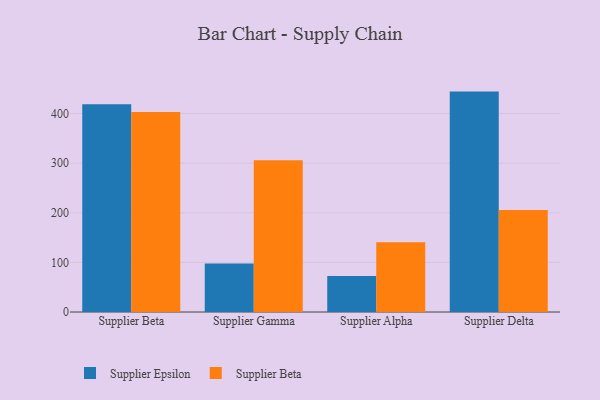
{"axis": {"x": "Supplier", "y": "Inventory Turnover"}, "legend": ["Supplier Beta", "Supplier Epsilon"], "data": [{"x": "Supplier Beta", "y": 418.5, "type": "Supplier Epsilon"}, {"x": "Supplier Beta", "y": 403.3, "type": "Supplier Beta"}, {"x": "Supplier Gamma", "y": 97.8, "type": "Supplier Epsilon"}, {"x": "Supplier Gamma", "y": 305.6, "type": "Supplier Beta"}, {"x": "Supplier Alpha", "y": 72.4, "type": "Supplier Epsilon"}, {"x": "Supplier Alpha", "y": 140.5, "type": "Supplier Beta"}, {"x": "Supplier Delta", "y": 444.2, "type": "Supplier Epsilon"}, {"x": "Supplier Delta", "y": 205.7, "type": "Supplier Beta"}]}